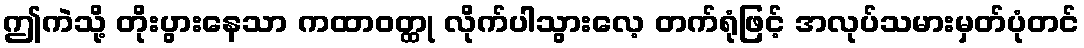
ဤကဲသို့ တိုးပွားနေသာ ကထာဝတ္ထု လိုက်ပါသွားလေ့ တက်ရုံဖြင့် အလုပ်သမားမှတ်ပုံတင်